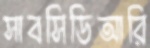
সাবসিডিআরি